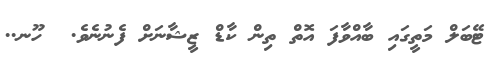
ޓޭބަލް މަތީގައި ބާއްވާފަ އޮތް ތިން ކާޑް ޒީޝާނަށް ފެނުނެވެ.  ހޫނ..